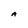
Character: A